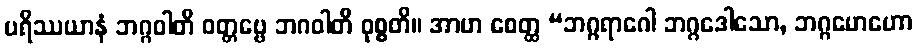
ပရိဿယာနံ ဘဂ္ဂဝါတိ ဝတ္တဗ္ဗေ ဘဂဝါတိ ဝုစ္စတိ။ အာဟ စေတ္ထ “ဘဂ္ဂရာဂေါ ဘဂ္ဂဒေါသော, ဘဂ္ဂမောဟော